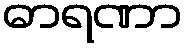
ဓာရဏာ